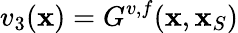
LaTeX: v_{3}({\mathbf x})=G^{v,f}({\mathbf x},{\mathbf x}_{S})